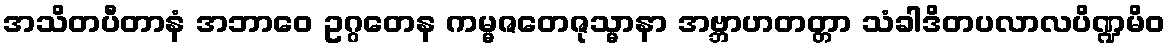
အသိတပီတာနံ အဘာဝေ ဥဂ္ဂတေန ကမ္မဇတေဇုသ္မာနာ အဗ္ဘာဟတတ္တာ သံခါဒိတပလာလပိဏ္ဍမိဝ